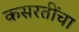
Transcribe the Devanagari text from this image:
कसरतींचा